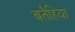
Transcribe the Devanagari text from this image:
बतैहिया